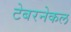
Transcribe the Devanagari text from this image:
टेबरनेकल